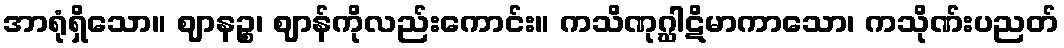
အာရုံရှိသော။ ဈာနဉ္စ၊ ဈာန်ကိုလည်းကောင်း။ ကသိဏုဂ္ဃါဋိမာကာသော၊ ကသိုဏ်းပညတ်